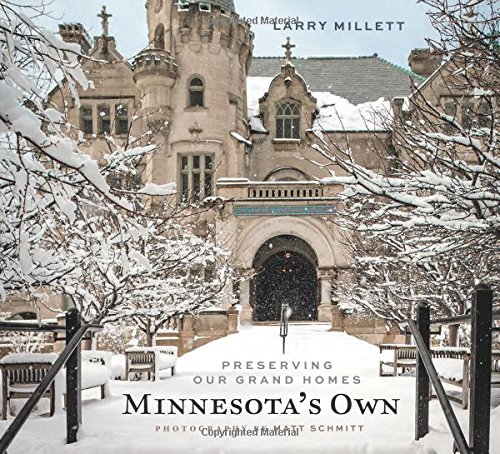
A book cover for Minnesota's Own: Preserving Our Grand Homes; Larry Millett; Arts & Photography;